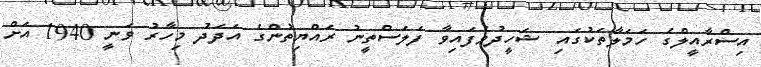
އިސްރާއީލްގެ ހަމަލާތަކުގައި ޝަހީދުވެފައިވާ ފަލަސްތީނު ރައްޔިތުންގެ އަދަދު މިހާރު ވަނީ 1940 އަށް